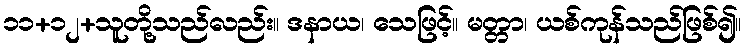
၁၁+၁၂+သူတို့သည်လည်း။ ဒနာယ၊ သေဖြင့်။ မတ္တာ၊ ယစ်ကုန်သည်ဖြစ်၍။